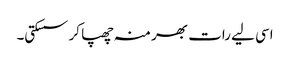
اسی لیے رات بھر منہ چھپا کر سسکتی۔